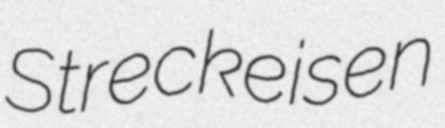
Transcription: Streckeisen